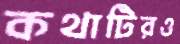
কথাটিরও